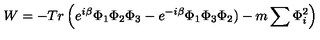
W = - T r \left( e ^ { i \beta } \Phi _ { 1 } \Phi _ { 2 } \Phi _ { 3 } - e ^ { - i \beta } \Phi _ { 1 } \Phi _ { 3 } \Phi _ { 2 } ) - m \sum \Phi _ { i } ^ { 2 } \right)